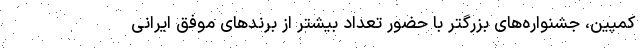
کمپین،‌ جشنواره‌های بزرگتر با حضور تعداد بیشتر از برند‌های موفق ایرانی